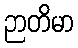
ဉာတိမာ